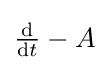
{\textstyle {\frac {\mathrm {d} }{\mathrm {d} t}}-A}